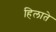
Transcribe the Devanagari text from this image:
हिलाते